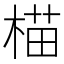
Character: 𬃝